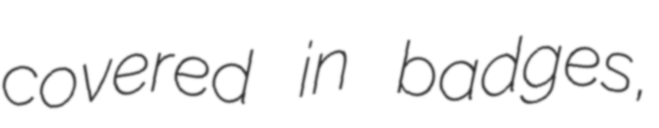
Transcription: covered in badges,